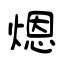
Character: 煾